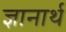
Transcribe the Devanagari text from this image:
ज्ञानार्थ